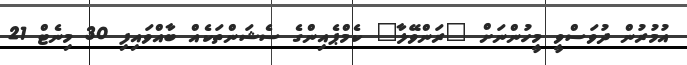
އުމުރުން ދުވަސްވީ މީހުންނަށް "ރަންވޭލާ" ކެމްޕެއިންގެ ސެޝަންތަކެއް ބާއްވައިފި 30 މިނެޓް 21